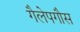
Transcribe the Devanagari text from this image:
गैलेपगौस